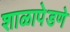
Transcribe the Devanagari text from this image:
शाळापेडणे